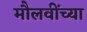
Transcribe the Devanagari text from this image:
मौलवींच्या